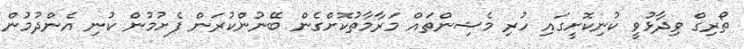
ތޯރިގް ވިދާޅުވީ ކުނިކޮށީގައި ހުރި މެޝިންތައް މަރާމާތުކޮށްގެން ބޭނުންކުރަން ފެށުމުން ކުނި އެންދުމުން